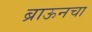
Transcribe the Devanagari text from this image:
ब्राऊनचा